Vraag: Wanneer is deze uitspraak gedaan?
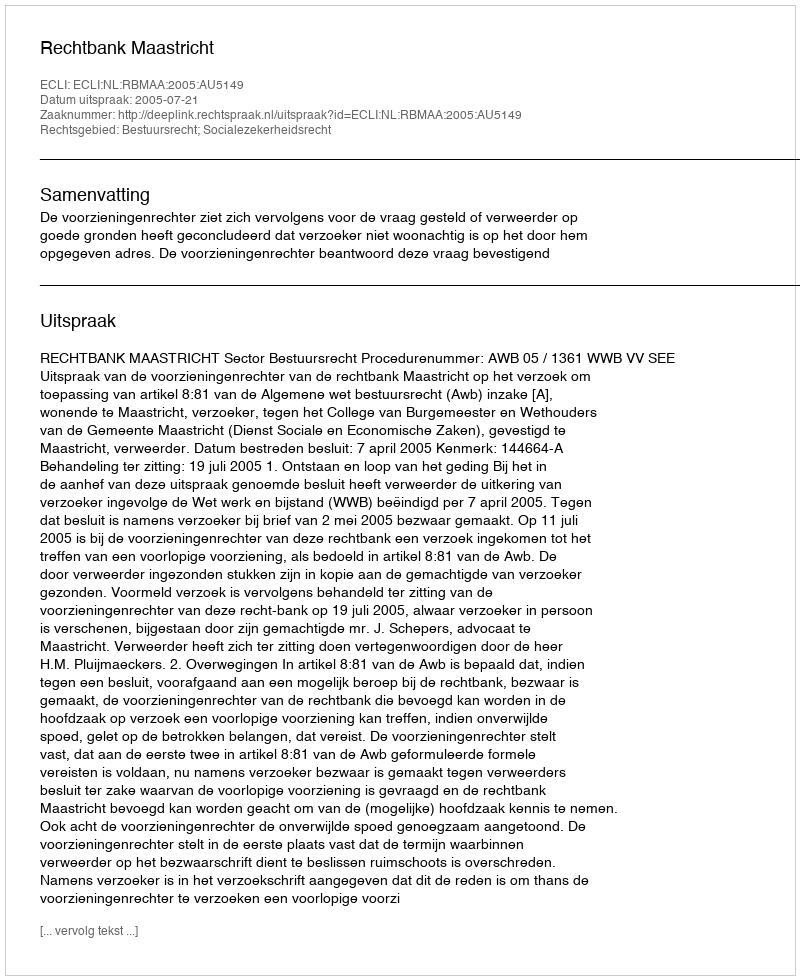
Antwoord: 2005-07-21